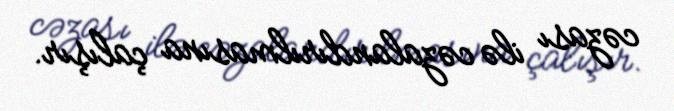
cəzası ilə cəzalandırılmasına çalışır.